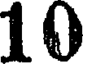
10